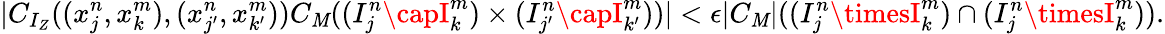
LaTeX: |C_{I_{Z}}((x_{j}^{n},x_{k}^{m}),(x_{j^{\prime}}^{n},x_{k^{\prime}}^{m}))C_{\mathit{M}}((I_{j}^{n}\capI_{k}^{m})\times(I_{j^{\prime}}^{n}\capI_{k^{\prime}}^{m}))|<\epsilon|C_{\mathit{M}}|((I_{j}^{n}\timesI_{k}^{m})\cap(I_{j}^{n}\timesI_{k}^{m})).